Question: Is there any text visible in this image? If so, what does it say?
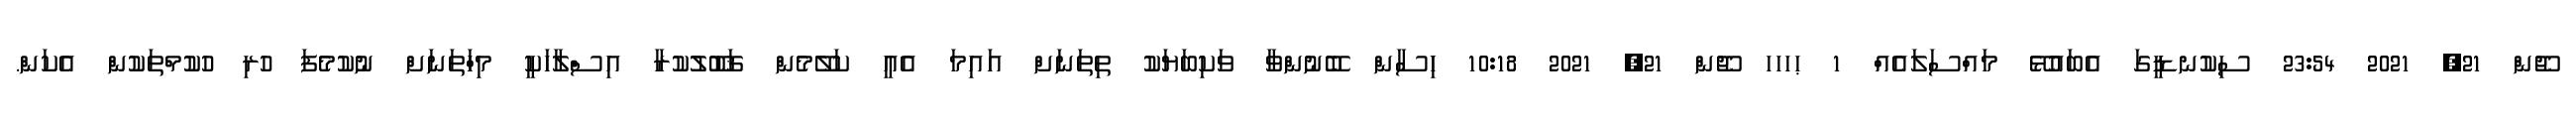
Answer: ޖޫން 21, 2021 23:54 ސިކުނޑީގަ އެބައުޅޭ މައްސަލައެއް 1 ޙހހހ ޖޫން 21, 2021 10:18 ހިސާން ބޭނުންވާ ވަކިބަޔަކު ތިތަނަށް އައިމަ އެއީ ކަލޭމެން ޤަބޫލުކުރާ އިސްލާހަކީ މިހަްތަނަށް ނުކުމެފަ ހުރި ހުކުމްތަކުން އެކަން.